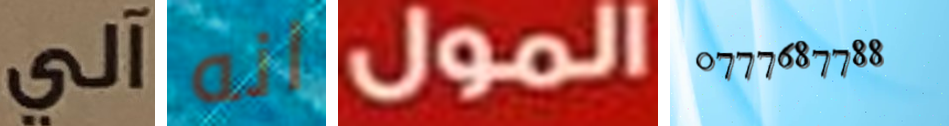
آلي انه المول 0777687788